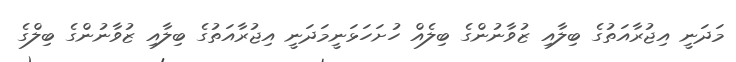
މަދަނީ އިޖުރާއަތުގެ ބިލާއި ޒުވާނުންގެ ބިލެއް ހުށަހަޅަނީމަދަނީ އިޖުރާއަތުގެ ބިލާއި ޒުވާނުންގެ ބިލްގެ